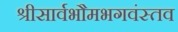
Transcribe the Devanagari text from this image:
श्रीसार्वभौमभगवंस्तव